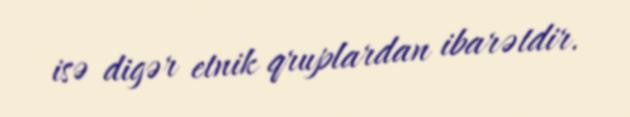
isə digər etnik qruplardan ibarətdir.